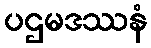
ပဌမဒဿနံ